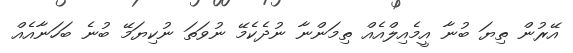
އޭރުން ތިޔަ ބުނާ އީމެއިލްއެއް ތިމަންނާ ނުދެކެމޭ ނުވަތަ ނުކިޔަމޭ ބުނެ ބަހަނާއެއް